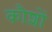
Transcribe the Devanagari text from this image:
कौशों